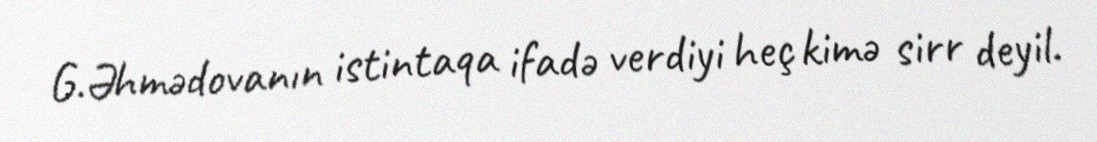
G.Əhmədovanın istintaqa ifadə verdiyi heç kimə sirr deyil.